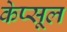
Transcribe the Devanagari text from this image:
केप्सूल